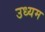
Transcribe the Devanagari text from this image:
उध्यम